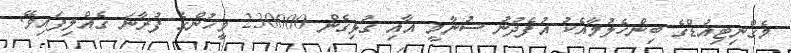
މެގްނިޓިއުޑްގެ ބިންހެލުމާއެކު އުފެދުނު ސުނާމީ އާއި ގުޅިގެން 230000 މީހުންގެ ފުރާނަ ގެއްލިފައިވޭ.